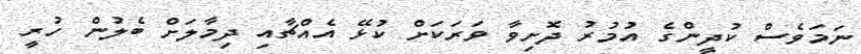
ނަމަވެސް ކުދީންގެ އުމުރު ދޮށިވާ ވަރަކަށް ކުޅޭ އެއްޗާއި ދިމާލަށް ބެލުން ހުރީ